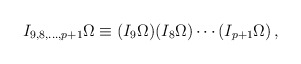
\begin{align*}I_{9,8,\ldots ,p+1} \Omega\equiv (I_9\Omega )(I_8\Omega )\cdots (I_{p+1}\Omega )\,, \end{align*}